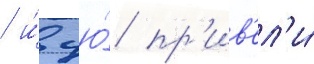
/ и́ цю́ пр'ив'ел'и́